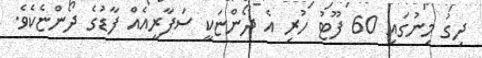
ދިގު މިނުގައި 60 ފޫޓު ހުރި އެ ދޯންޏަކީ ސަފާރީއެއް ފާޑުގެ ދޯންޏެކެވެ.